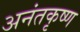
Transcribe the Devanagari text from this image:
अनंतकृष्ण